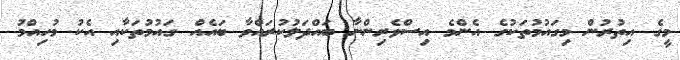
މީގެ އިތުރުން މިގައުމުތަކުގެ އެންމެ އިސްވެރިންނާ ބައްދަލުކުރައްވާ ބައެއް ގައުމުތަކާއި އެކު މުހިއްމު